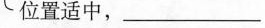
位置适中，___